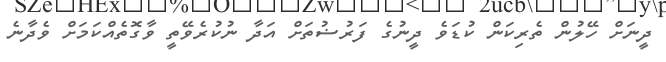
ދީނަށް ހޭލުން ތެރިކަން ކުޑަވެ ދީނުގެ ފަރުޟުތަށް އަދާ ނުކުރެވޭތީ ވާގޮތެއްކަމަށް ވެދާނެ